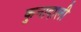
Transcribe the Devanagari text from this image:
कुनादाली